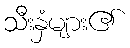
သီးနှံများ၏